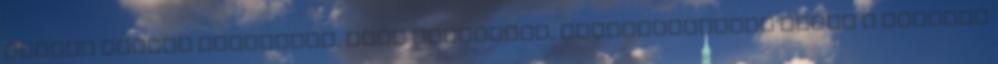
többen voltak képzésben, mint közmunkán, Németországban pedig a tavalyi